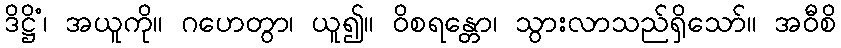
ဒိဋ္ဌိံ၊ အယူကို။ ဂဟေတွာ၊ ယူ၍။ ဝိစရန္တော၊ သွားလာသည်ရှိသော်။ အဝီစိ